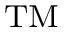
^ \mathrm { { T M } }